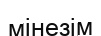
мінезім